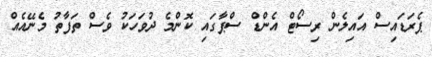
ޕެރަޑައިސް އައިލެން ރިސޯޓް އެންޑް ސްޕާގައި ކޮންމެ ދުވަަހަކު ވެސް ތަފާތު މެނޭއެއް